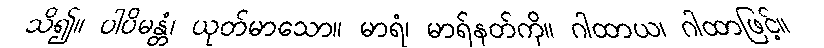
သိ၍။ ပါပိမန္တံ၊ ယုတ်မာသော။ မာရံ၊ မာရ်နတ်ကို။ ဂါထာယ၊ ဂါထာဖြင့်။